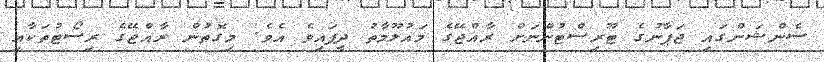
ސެންޝަންގައި ޖަޕާނުގެ ޓޫރިސްޓުންނަށް ރާއްޖޭގެ މައުލޫމާތު ދީފައިވެ އެވެ. މިގޮތުން ރާއްޖޭގެ ރިސޯޓުތަކާއި